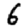
Digit: 6